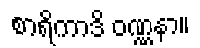
စာရိကာဒိ ဝဏ္ဏနာ။